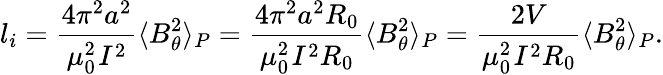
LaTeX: l_{i}=\frac{4\pi^{2}a^{2}}{{\mu_{0}^{2}}_{}I^{2}}\langle B_{\theta}^{2}\rangle_{P}=\frac{4\pi^{2}a^{2}R_{0}}{{\mu_{0}^{2}}_{}I^{2}R_{0}}\langle B_{\theta}^{2}\rangle_{P}=\frac{2V}{{\mu_{0}^{2}}_{}I^{2}R_{0}}\langle B_{\theta}^{2}\rangle_{P}.